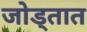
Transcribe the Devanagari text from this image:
जोड्तात